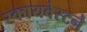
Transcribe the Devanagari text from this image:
स्कायवेस्टने